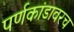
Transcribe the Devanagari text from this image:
पर्णकांडावरच